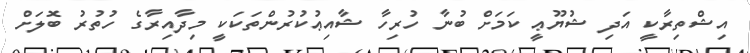
އިޝްތިރާކީ އަދި ޝުޔޫޢީ ކަމަށް ބުނާ ހުރިހާ ޝާއިޢުކުރުންތަކަކީ މިދާއިރާގެ ހުތުރު ބޮލަށް